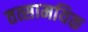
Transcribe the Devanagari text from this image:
तत्सामयिक